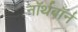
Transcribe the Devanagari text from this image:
नॉर्थबॉर्न